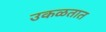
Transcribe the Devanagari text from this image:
उकळतात